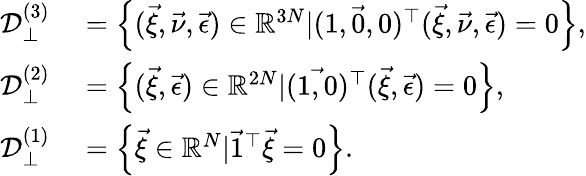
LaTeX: \begin{array}{rl}{\mathcal{D}_{\perp}^{(3)}}&{{}=\left\{ (\vec{\xi},\vec{\nu},\vec{\epsilon})\in\mathbb{R}^{3N}|(\vec{1,0,0})^{\top}(\vec{\xi},\vec{\nu},\vec{\epsilon})=0\right\} ,}\\ {\mathcal{D}_{\perp}^{(2)}}&{{}=\left\{ (\vec{\xi},\vec{\epsilon})\in\mathbb{R}^{2N}|(\vec{1,0})^{\top}(\vec{\xi},\vec{\epsilon})=0\right\} ,}\\ {\mathcal{D}_{\perp}^{(1)}}&{{}=\left\{ \vec{\xi}\in\mathbb{R}^{N}|\vec{1}^{\top}\vec{\xi}=0\right\} .}\end{array}